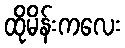
ထိုမိန်းကလေး